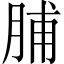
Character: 脯